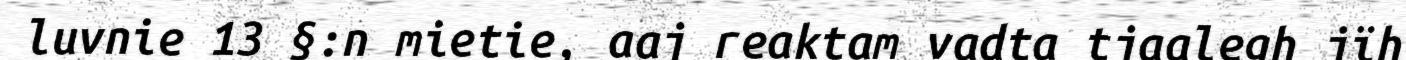
luvnie 13 §:n mietie, aaj reaktam vadta tjaalegh jïh